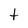
Character: t